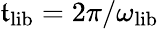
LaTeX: \mathfrak{t}_{\mathrm{{lib}}}=2\pi/\omega_{\mathrm{{lib}}}